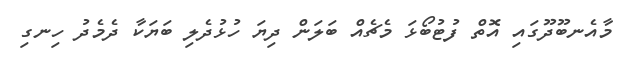
މާއެނބޫދޫގައި އޮތް ފުޓުބޯޅަ މެޗެއް ބަލަން ދިޔަ ހުޅުދެލި ބަޔަކާ ދެމެދު ހިނގި